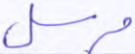
مرسل